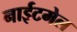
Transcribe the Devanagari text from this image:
नाईटमेल